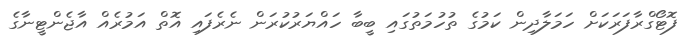
ފޮޓޯގްރާފަރަކަށް ހަމަލާދިން ކަމުގެ ތުހުމަތުގައި ބީބާ ހައްޔަރުކުރަން ނެރެފައި އޮތް އަމުރެއް އާޖެންޓީނާގެ